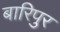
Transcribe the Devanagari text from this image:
बारिपुर